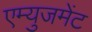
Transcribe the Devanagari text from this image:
एम्युजमेंट